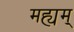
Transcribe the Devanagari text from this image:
मह्यम्